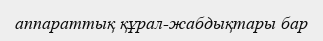
аппараттық құрал-жабдықтары бар